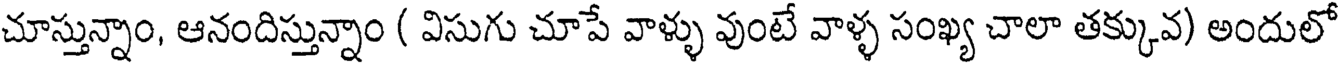
చూస్తున్నాం, ఆనందిస్తున్నాం ( విసుగు చూపే వాళ్ళు వుంటే వాళ్ళ సంఖ్య చాలా తక్కువ) అందులో